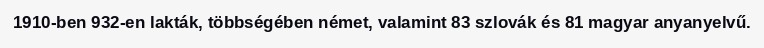
1910-ben 932-en lakták, többségében német, valamint 83 szlovák és 81 magyar anyanyelvű.